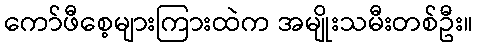
ကော်ဖီစေ့များကြားထဲက အမျိုးသမီးတစ်ဦး။